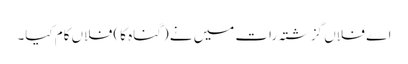
اے فلاں گزشتہ رات میں نے (گناہ کا) فلاں کام کیا۔